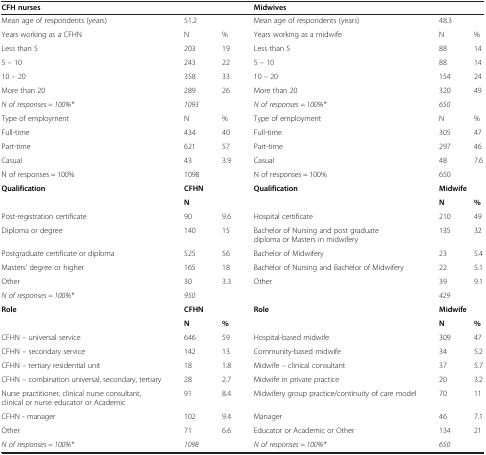
<table><thead><tr><td><b>CFH nurses</b></td><td colspan="2">[EMPTY_CELL]</td><td><b>Midwives</b></td><td colspan="2">[EMPTY_CELL]</td></tr></thead><tbody><tr><td>Mean age of respondents (years)</td><td colspan="2">51.2</td><td>Mean age of respondents (years)</td><td colspan="2">48.3</td></tr><tr><td>Years working as a CFHN</td><td>N</td><td>%</td><td>Years working as a midwife</td><td>N</td><td>%</td></tr><tr><td>Less than 5</td><td>203</td><td>19</td><td>Less than 5</td><td>88</td><td>14</td></tr><tr><td>5 – 10</td><td>243</td><td>22</td><td>5 – 10</td><td>88</td><td>14</td></tr><tr><td>10 – 20</td><td>358</td><td>33</td><td>10 – 20</td><td>154</td><td>24</td></tr><tr><td>More than 20</td><td>289</td><td>26</td><td>More than 20</td><td>320</td><td>49</td></tr><tr><td><i>N of responses = 100%*</i></td><td><i>1093</i></td><td>[EMPTY_CELL]</td><td><i>N of responses = 100%*</i></td><td><i>650</i></td><td>[EMPTY_CELL]</td></tr><tr><td>Type of employment</td><td>N</td><td>%</td><td>Type of employment</td><td>N</td><td>%</td></tr><tr><td>Full-time</td><td>434</td><td>40</td><td>Full-time</td><td>305</td><td>47</td></tr><tr><td>Part-time</td><td>621</td><td>57</td><td>Part-time</td><td>297</td><td>46</td></tr><tr><td>Casual</td><td>43</td><td>3.9</td><td>Casual</td><td>48</td><td>7.6</td></tr><tr><td>N of responses = 100%</td><td>1098</td><td>[EMPTY_CELL]</td><td>N of responses = 100%</td><td>650</td><td>[EMPTY_CELL]</td></tr><tr><td><b>Qualification</b></td><td colspan="2"><b>CFHN</b></td><td><b>Qualification</b></td><td colspan="2"><b>Midwife</b></td></tr><tr><td>[EMPTY_CELL]</td><td><b>N</b></td><td>[EMPTY_CELL]</td><td>[EMPTY_CELL]</td><td><b>N</b></td><td><b>%</b></td></tr><tr><td>Post-registration certificate</td><td>90</td><td>9.6</td><td>Hospital certificate</td><td>210</td><td>49</td></tr><tr><td>Diploma or degree</td><td>140</td><td>15</td><td>Bachelor of Nursing and post graduate diploma or Masters in midwifery</td><td>135</td><td>32</td></tr><tr><td>Postgraduate certificate or diploma</td><td>525</td><td>56</td><td>Bachelor of Midwifery</td><td>23</td><td>5.4</td></tr><tr><td>Masters’ degree or higher</td><td>165</td><td>18</td><td>Bachelor of Nursing and Bachelor of Midwifery</td><td>22</td><td>5.1</td></tr><tr><td>Other</td><td>30</td><td>3.3</td><td>Other</td><td>39</td><td>9.1</td></tr><tr><td><i>N of responses = 100%*</i></td><td><i>950</i></td><td>[EMPTY_CELL]</td><td>[EMPTY_CELL]</td><td><i>429</i></td><td>[EMPTY_CELL]</td></tr><tr><td><b>Role</b></td><td colspan="2"><b>CFHN</b></td><td><b>Role</b></td><td colspan="2"><b>Midwife</b></td></tr><tr><td>[EMPTY_CELL]</td><td><b>N</b></td><td><b>%</b></td><td>[EMPTY_CELL]</td><td><b>N</b></td><td><b>%</b></td></tr><tr><td>CFHN – universal service</td><td>646</td><td>59</td><td>Hospital-based midwife</td><td>309</td><td>47</td></tr><tr><td>CFHN – secondary service</td><td>142</td><td>13</td><td>Community-based midwife</td><td>34</td><td>5.2</td></tr><tr><td>CFHN – tertiary residential unit</td><td>18</td><td>1.8</td><td>Midwife – clinical consultant</td><td>37</td><td>5.7</td></tr><tr><td>CFHN – combination universal, secondary, tertiary</td><td>28</td><td>2.7</td><td>Midwife in private practice</td><td>20</td><td>3.2</td></tr><tr><td>Nurse practitioner, clinical nurse consultant, clinical or nurse educator or Academic</td><td>91</td><td>8.4</td><td>Midwifery group practice/continuity of care model</td><td>70</td><td>11</td></tr><tr><td>CFHN - manager</td><td>102</td><td>9.4</td><td>Manager</td><td>46</td><td>7.1</td></tr><tr><td>Other</td><td>71</td><td>6.6</td><td>Educator or Academic or Other</td><td>134</td><td>21</td></tr><tr><td><i>N of responses = 100%*</i></td><td><i>1098</i></td><td>[EMPTY_CELL]</td><td><i>N of responses = 100%*</i></td><td><i>650</i></td><td>[EMPTY_CELL]</td></tr></tbody></table>